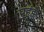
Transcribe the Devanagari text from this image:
पहुंक्क